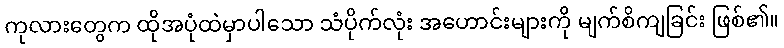
ကုလားတွေက ထိုအပုံထဲမှာပါသော သံပိုက်လုံး အဟောင်းများကို မျက်စိကျခြင်း ဖြစ်၏။